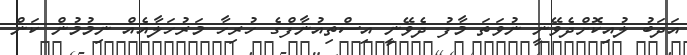
އަދަބުު ލުއިކޮށްދެވޭނީ ނުވަތަ މާފު ދެވޭނީ އިސްތިއުނާފްގެ ހުރިހާ މަރުހަލާއެއް ނިމުމުން ކަން